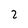
Character: 2